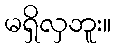
မရှိလှဘူး။